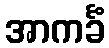
အာကင်္ခံ